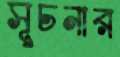
সূচনার